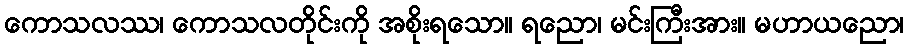
ကောသလဿ၊ ကောသလတိုင်းကို အစိုးရသော။ ရညော၊ မင်းကြီးအား။ မဟာယညော၊